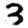
Digit: 3